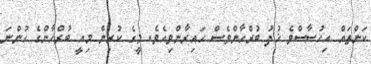
ކަންތައް އިހުސާސްވެ ޚުދު ބުރްހާންވެސް ހައިރާންވިއެވެ. މީގެ ކުރިން މިއީ ބުރްހާންގެ ހުންނަ